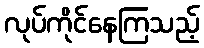
လုပ်ကိုင်နေကြသည့်